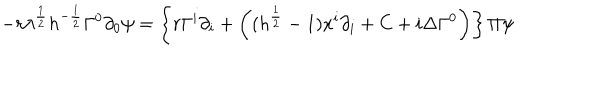
- r \lambda ^ { \frac { 1 } { 2 } } h ^ { - \frac { 1 } { 2 } } \Gamma ^ { 0 } \partial _ { 0 } \psi = \left\{ r \Gamma ^ { i } \partial _ { i } + \left( ( h ^ { \frac { 1 } { 2 } } - 1 ) x ^ { i } \partial _ { i } + C + i \Delta \Gamma ^ { 0 } \right) \right\} \Pi \psi